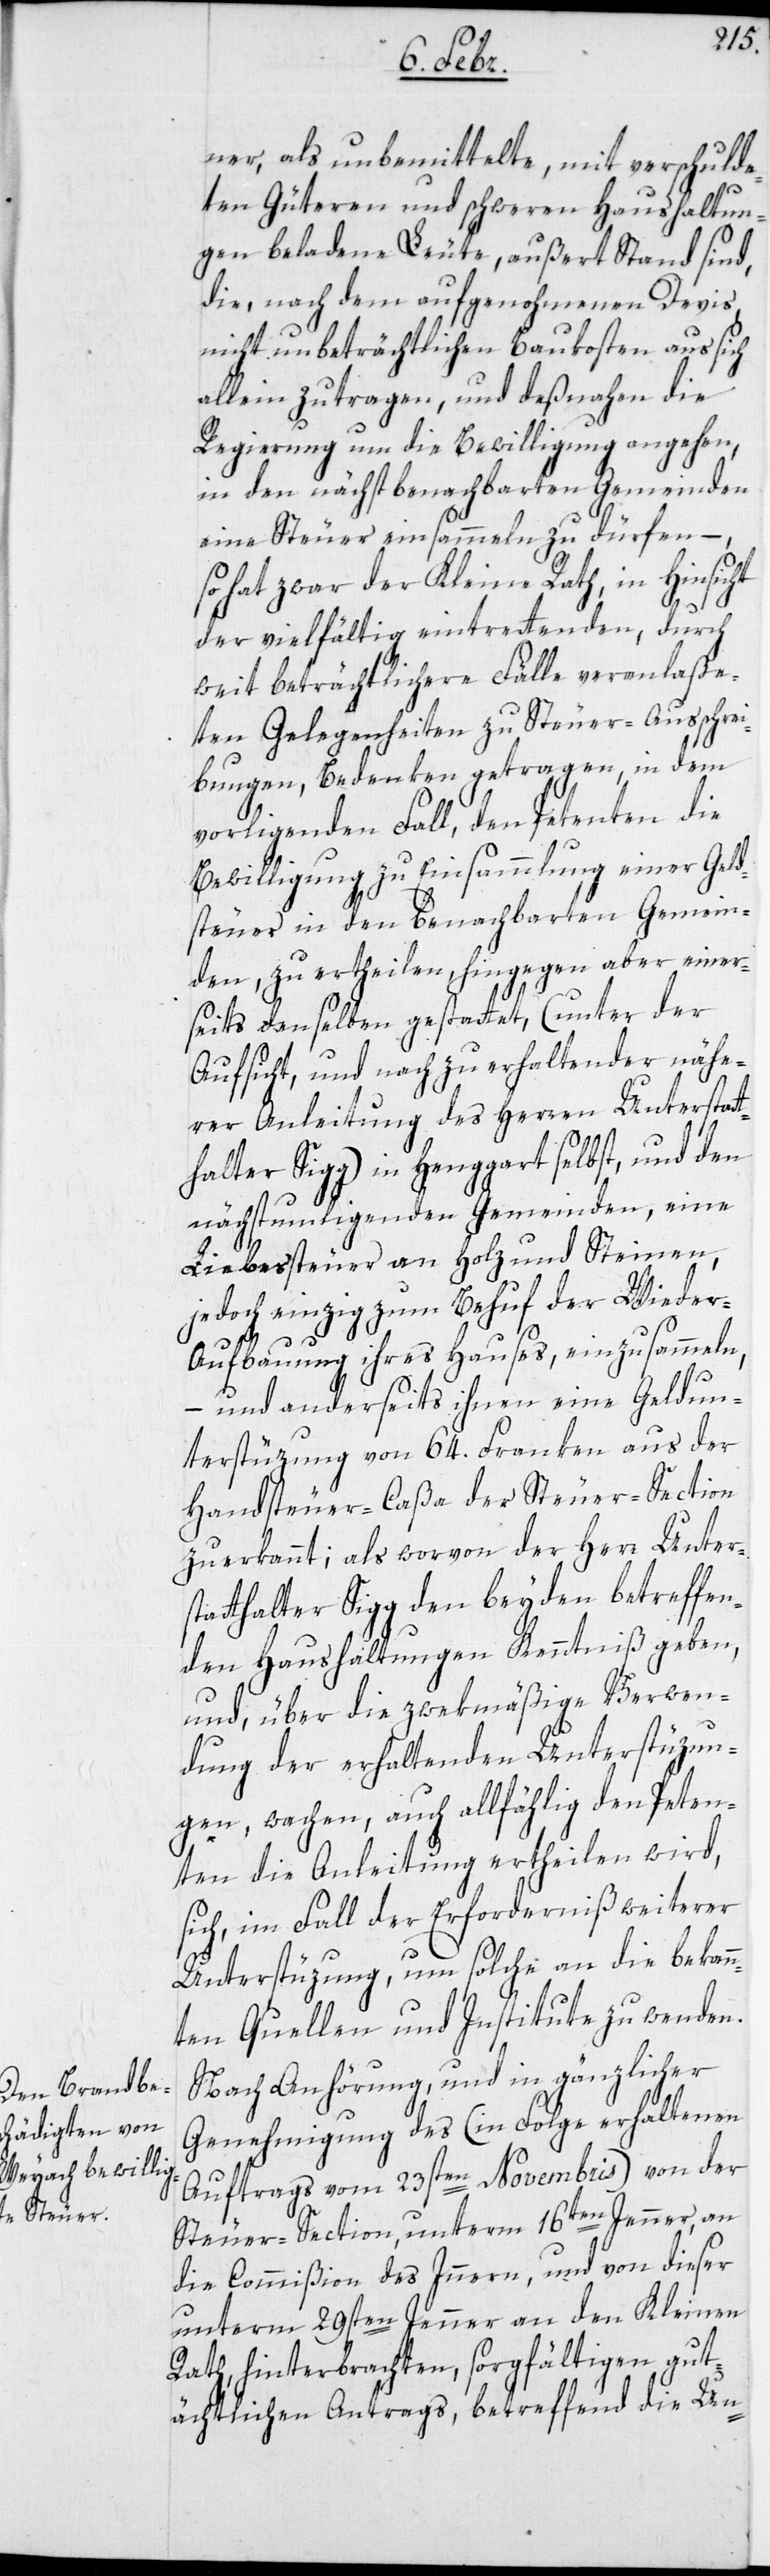
ner, als unbemittelte, mit verschulde¬
ten Güteren und schweren Haushaltun¬
gen beladene Leute, außert Stand sind,
die, nach dem aufgenohmenen Devis,
nicht unbeträchtlichen Baukosten aus sich
allein zu tragen, und deßnahen die
Regierung um die Bewilligung angehen,
in den nächstbenachbarten Gemeinden
eine Steuer einsammeln zu dürfen, –
so hat zwar der Kleine Rath, in Hinsicht
der vielfältig eintrettenden, durch
weit beträchtlichere Fälle veranlaße¬
ten Gelegenheiten zu Steuer-Ausschrei¬
bungen, Bedenken getragen, in dem
vorliegenden Fall, den Petenten die
Bewilligung zu Einsammlung einer Geld¬
steuer in den benachbarten Gemein¬
den, zu ertheilen, hingegen aber einer¬
seits denselben gestattet, (unter der
Aufsicht, und nach zu erhaltender nähe¬
rer Anleitung des Herren Unterstat¬
thalter Sigg) in Henggart selbst, und den
nächstumliegenden Gemeinden, eine
Liebessteuer an Holz und Steinen,
jedoch einzig zum Behuf der Wiede¬
r-Aufbauung ihres Hauses, einzusammeln,
– und anderseits ihnen eine Geldun¬
terstüzung von 64. Franken aus der
Handsteuer-Caßa der Steuer-Section
zuerkannt; als worvon der Herr Unter¬
statthalter Sigg den beyden betreffen¬
den Haushaltungen Kenntniß geben,
und, über die zwekmäßige Verwen¬
dung der erhaltenden Unterstüzun¬
gen, wachen, auch allfählig den Peten¬
ten die Anleitung ertheilen wird,
sich, im Fall der Erforderniß weiterer
Unterstüzung, um solche an die bekann¬
ten Quellen und Institute zu wenden.
Nach Anhörung, und in gänzlicher
Genehmigung des (in Folge erhaltenen
Auftrags vom 23sten Novembris) von der
Steuer-Section, unterm 16ten Jenner, an
die Commißion des Inneren, und von dieser
unterm 29sten Jenner an den Kleinen
Rath, hinterbrachten, sorgfältigen gut¬
ächtlichen Antrags, betreffend die Un-